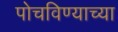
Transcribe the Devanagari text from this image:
पोचविण्याच्या